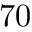
7 0